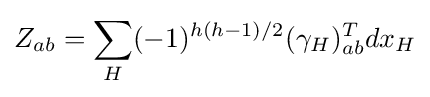
Z_{ab}=\sum _{H}(-1)^{h(h-1)/2}(\gamma _{H})_{ab}^{T}dx_{H}